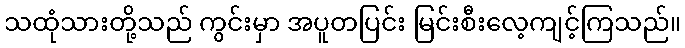
သထုံသားတို့သည် ကွင်းမှာ အပူတပြင်း မြင်းစီးလေ့ကျင့်ကြသည်။